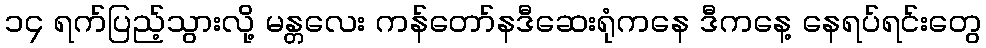
၁၄ ရက်ပြည့်သွားလို့ မန္တလေး ကန်တော်နဒီဆေးရုံကနေ ဒီကနေ့ နေရပ်ရင်းတွေ